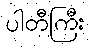
ပါတီကြီး